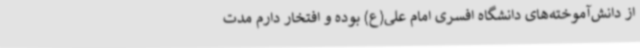
از دانش‌آموخته‌های دانشگاه افسری امام علی(ع) بوده و افتخار دارم مدت